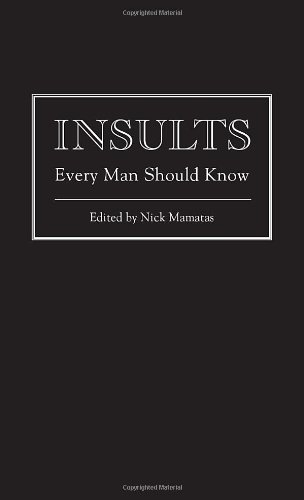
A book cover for Insults Every Man Should Know (Pocket Companions); Nick Mamatas; Humor & Entertainment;